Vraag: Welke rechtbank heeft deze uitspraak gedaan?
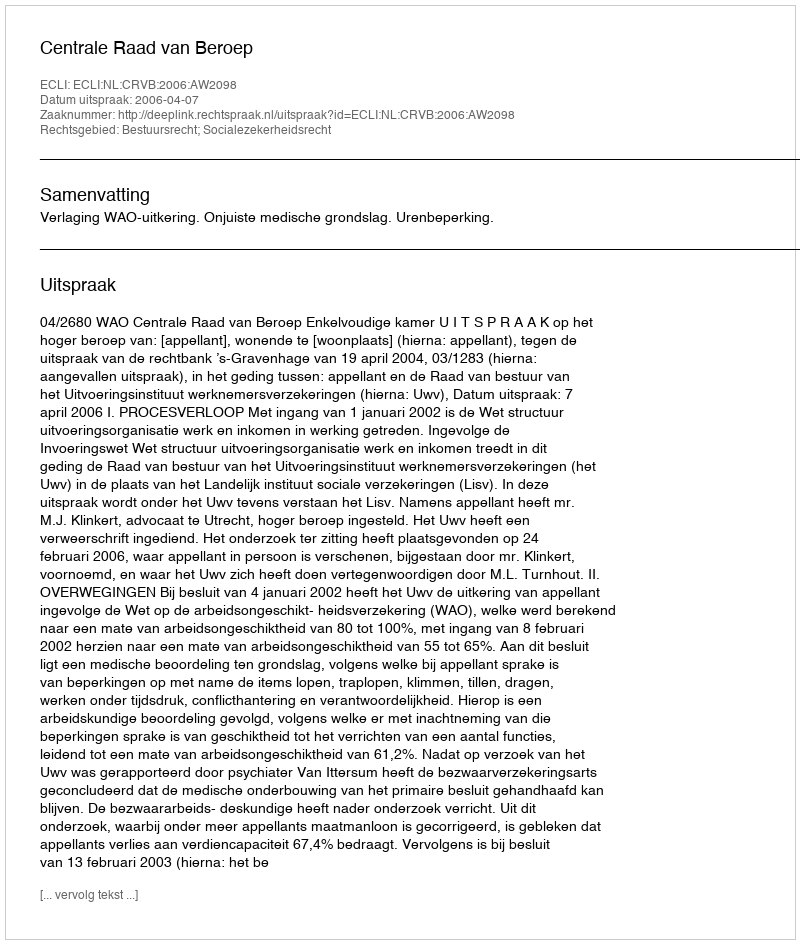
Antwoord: Centrale Raad van Beroep